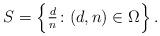
LaTeX: \begin{align*}S=\Bigl\{\tfrac dn\colon (d, n)\in\Omega\Bigr\}\,.\end{align*}